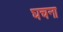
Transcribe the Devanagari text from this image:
घचना